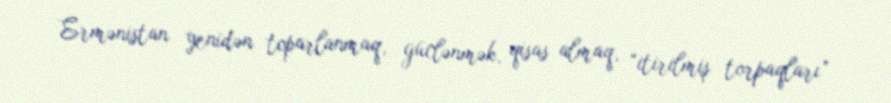
Ermənistan yenidən toparlanmaq, güclənmək, qisas almaq, “itirilmiş torpaqları”